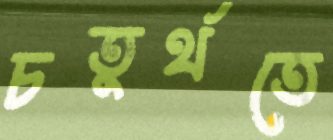
চতুর্থতে